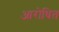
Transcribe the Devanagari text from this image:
आरोधित